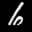
Label: 6